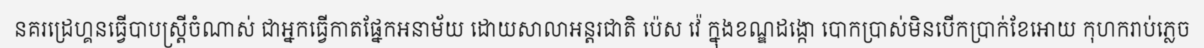
នគរដ្រេហ្គនធ្វើបាបស្ត្រីចំណាស់ ជាអ្នកធ្វើកាតផ្នែកអនាម័យ ដោយសាលាអន្តរជាតិ ប៉េស វ៉េ ក្នុងខណ្ឌដង្កោ បោកប្រាស់មិនបើកប្រាក់ខែអោយ កុហករាប់ភ្លេច